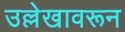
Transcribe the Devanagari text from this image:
उल्लेखावरून